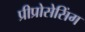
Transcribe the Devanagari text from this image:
प्रीप्रोसेसिंग